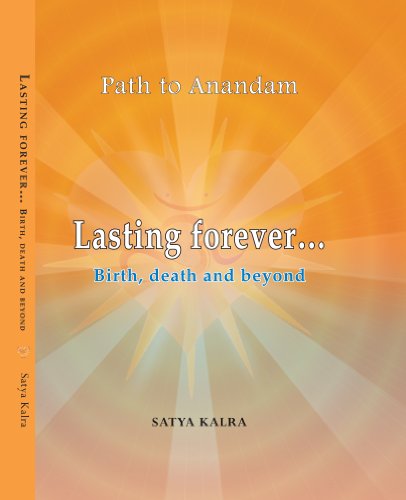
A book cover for Lasting Forever- Birth, Death and Beyond; Satya Kalra; Health, Fitness & Dieting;